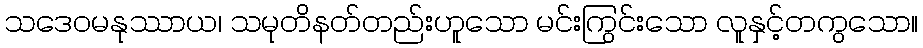
သဒေဝမနုဿာယ၊ သမုတိနတ်တည်းဟူသော မင်းကြွင်းသော လူနှင့်တကွသော။